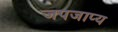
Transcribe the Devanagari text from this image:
जपजाप्य